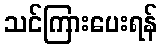
သင်ကြားပေးရန်